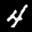
Label: 4